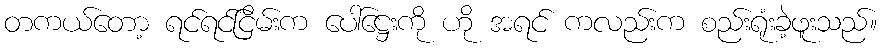
တကယ်တော့ ရင်ရင်ငြိမ်းက ပေါ်ဋ္ဌေးကို ဟို အရင် ကလည်းက စည်းရုံးခဲ့ဖူးသည်။